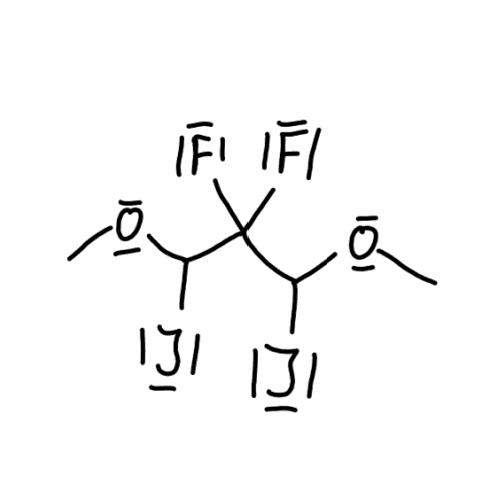
Simplified molecular-input line-entry system (SMILES) notation of the given molecule:
COC(C(C(OC)I)(F)F)I